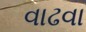
વાઢવા